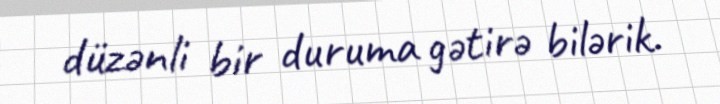
düzənli bir duruma gətirə bilərik.